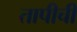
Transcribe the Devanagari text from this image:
तापीची